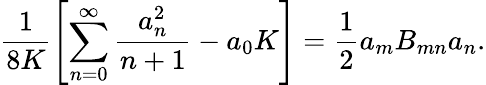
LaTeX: \frac{1}{8K}\left[\sum_{n=0}^{\infty}\frac{a_{n}^{2}}{n+1}-a_{0}K\right]=\frac{1}{2}a_{m}B_{mn}a_{n}.